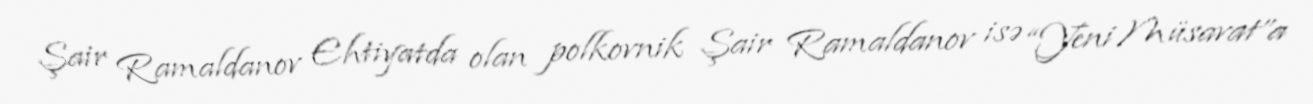
Şair Ramaldanov Ehtiyatda olan polkovnik Şair Ramaldanov isə “Yeni Müsavat”a